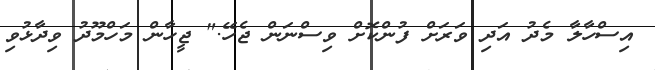
އިސްހާލާ މެދު އަދި ވަރަށް ފުންކޮށް ވިސްނަން ޖެހޭ." ޖީހާން މަހްމޫދު ވިދާޅުވި